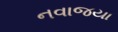
નવાજયા